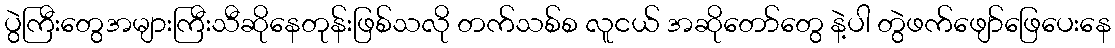
ပွဲကြီးတွေအများကြီးသီဆိုနေတုန်းဖြစ်သလို တက်သစ်စ လူငယ် အဆိုတော်တွေ နဲ့ပါ တွဲဖက်ဖျော်ဖြေပေးနေ